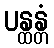
ပန္ထန္တံ